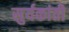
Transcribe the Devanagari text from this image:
सुर्यकांती